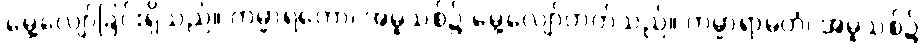
မွေ့လျော်ခြင်းရှိသည်။ ကမ္မာရတော၊ အမူသစ်၌ မွေ့လျော်တတ်သည်။ ကမ္မာရာမတံ၊ အမူသစ်၌